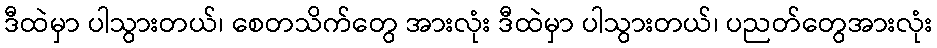
ဒီထဲမှာ ပါသွားတယ်၊ စေတသိက်တွေ အားလုံး ဒီထဲမှာ ပါသွားတယ်၊ ပညတ်တွေအားလုံး